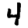
Digit: 4